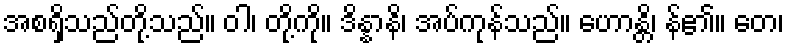
အစရှိသည်တို့သည်။ ဝါ၊ တို့ကို။ ဒိန္နာနိ၊ အပ်ကုန်သည်။ ဟောန္တိ၊ န်၏။ တေ၊